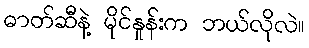
ဓာတ်ဆီနဲ့ မိုင်နှုန်းက ဘယ်လိုလဲ။